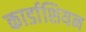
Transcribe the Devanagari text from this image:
कार्डाशियन